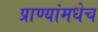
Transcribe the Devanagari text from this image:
प्राण्यांमधेच